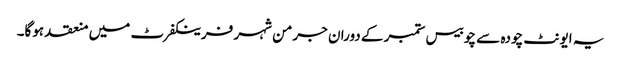
یہ ایونٹ چودہ سے چوبیس ستمبر کے دوران جرمن شہر فرینکفرٹ میں منعقد ہوگا۔